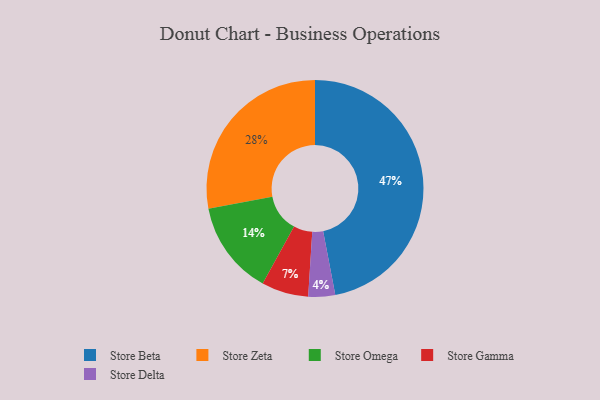
{"axis": {"x": "Category", "y": "Percentage"}, "legend": ["Store Beta", "Store Delta", "Store Gamma", "Store Omega", "Store Zeta"], "data": [{"x": "Store Zeta", "y": 28, "type": "Store Zeta"}, {"x": "Store Beta", "y": 47, "type": "Store Beta"}, {"x": "Store Delta", "y": 4, "type": "Store Delta"}, {"x": "Store Gamma", "y": 7, "type": "Store Gamma"}, {"x": "Store Omega", "y": 14, "type": "Store Omega"}]}